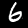
Digit: 6